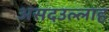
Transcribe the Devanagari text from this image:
असदउल्लाह